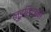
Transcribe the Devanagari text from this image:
लुइसियान